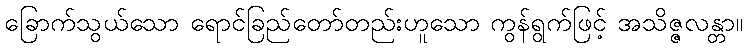
ခြောက်သွယ်သော ရောင်ခြည်တော်တည်းဟူသော ကွန်ရွက်ဖြင့် အသိဇ္ဇလန္တာ။